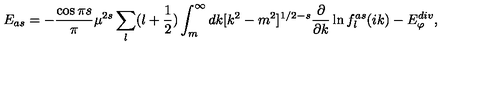
E _ { a s } = - { \frac { \cos { \pi s } } { \pi } } \mu ^ { 2 s } \sum _ { l } ( l + \frac 1 2 ) \int _ { m } ^ { \infty } d k [ k ^ { 2 } - m ^ { 2 } ] ^ { 1 / 2 - s } \frac { \partial } { \partial k } \ln f _ { l } ^ { a s } ( i k ) - E _ { \varphi } ^ { d i v } ,